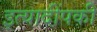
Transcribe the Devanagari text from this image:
इत्यादींपकी